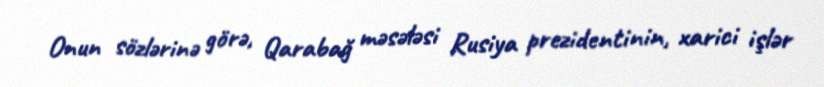
Onun sözlərinə görə, Qarabağ məsələsi Rusiya prezidentinin, xarici işlər